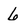
Character: 6